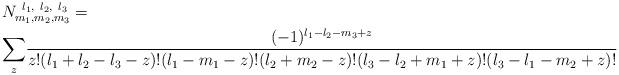
LaTeX: \begin{align*}&N_{m_{1},m_{2},m_{3}}^{\ l_{1},\ l_{2},\ l_{3}}= \\&{\sum_{z}}\frac{(-1)^{l_{1}-l_{2}-m_{3}+z}}{z!(l_{1}+l_{2}-l_{3}-z)!(l_{1}-m_{1}-z)!(l_{2}+m_{2}-z)!(l_{3}-l_{2}+m_{1}+z)!(l_{3}-l_{1}-m_{2}+z)!}\end{align*}